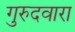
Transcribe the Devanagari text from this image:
गुरुदवारा